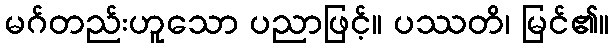
မဂ်တည်းဟူသော ပညာဖြင့်။ ပဿတိ၊ မြင်၏။